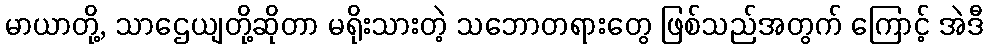
မာယာတို့, သာဌေယျတို့ဆိုတာ မရိုးသားတဲ့ သဘောတရားတွေ ဖြစ်သည်အတွက် ကြောင့် အဲဒီ